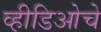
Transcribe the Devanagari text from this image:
व्हीडिओचे